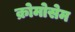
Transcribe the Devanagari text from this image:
क्रोमोसेम